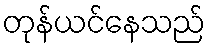
တုန်ယင်နေသည်